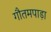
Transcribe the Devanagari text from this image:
गौतमपाड़ा